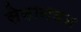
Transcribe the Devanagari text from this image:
सेनानयन